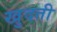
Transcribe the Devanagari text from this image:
खुदती